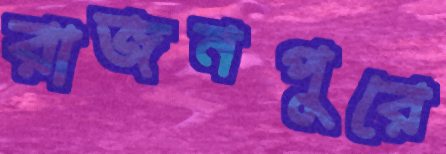
রাজনপুরে